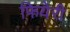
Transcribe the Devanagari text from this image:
फियेरी